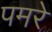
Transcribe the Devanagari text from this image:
पमरे